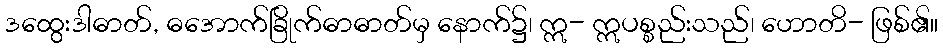
ဒထွေးဒါဓာတ်, ဓအောက်ခြိုက်ဓာဓာတ်မှ နောက်၌၊ ဣ- ဣပစ္စည်းသည်၊ ဟောတိ- ဖြစ်၏။